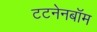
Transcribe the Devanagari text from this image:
टटनेनबॉम